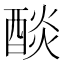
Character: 醈